Tartu_pedagoogiumi_aruanded, lk 6
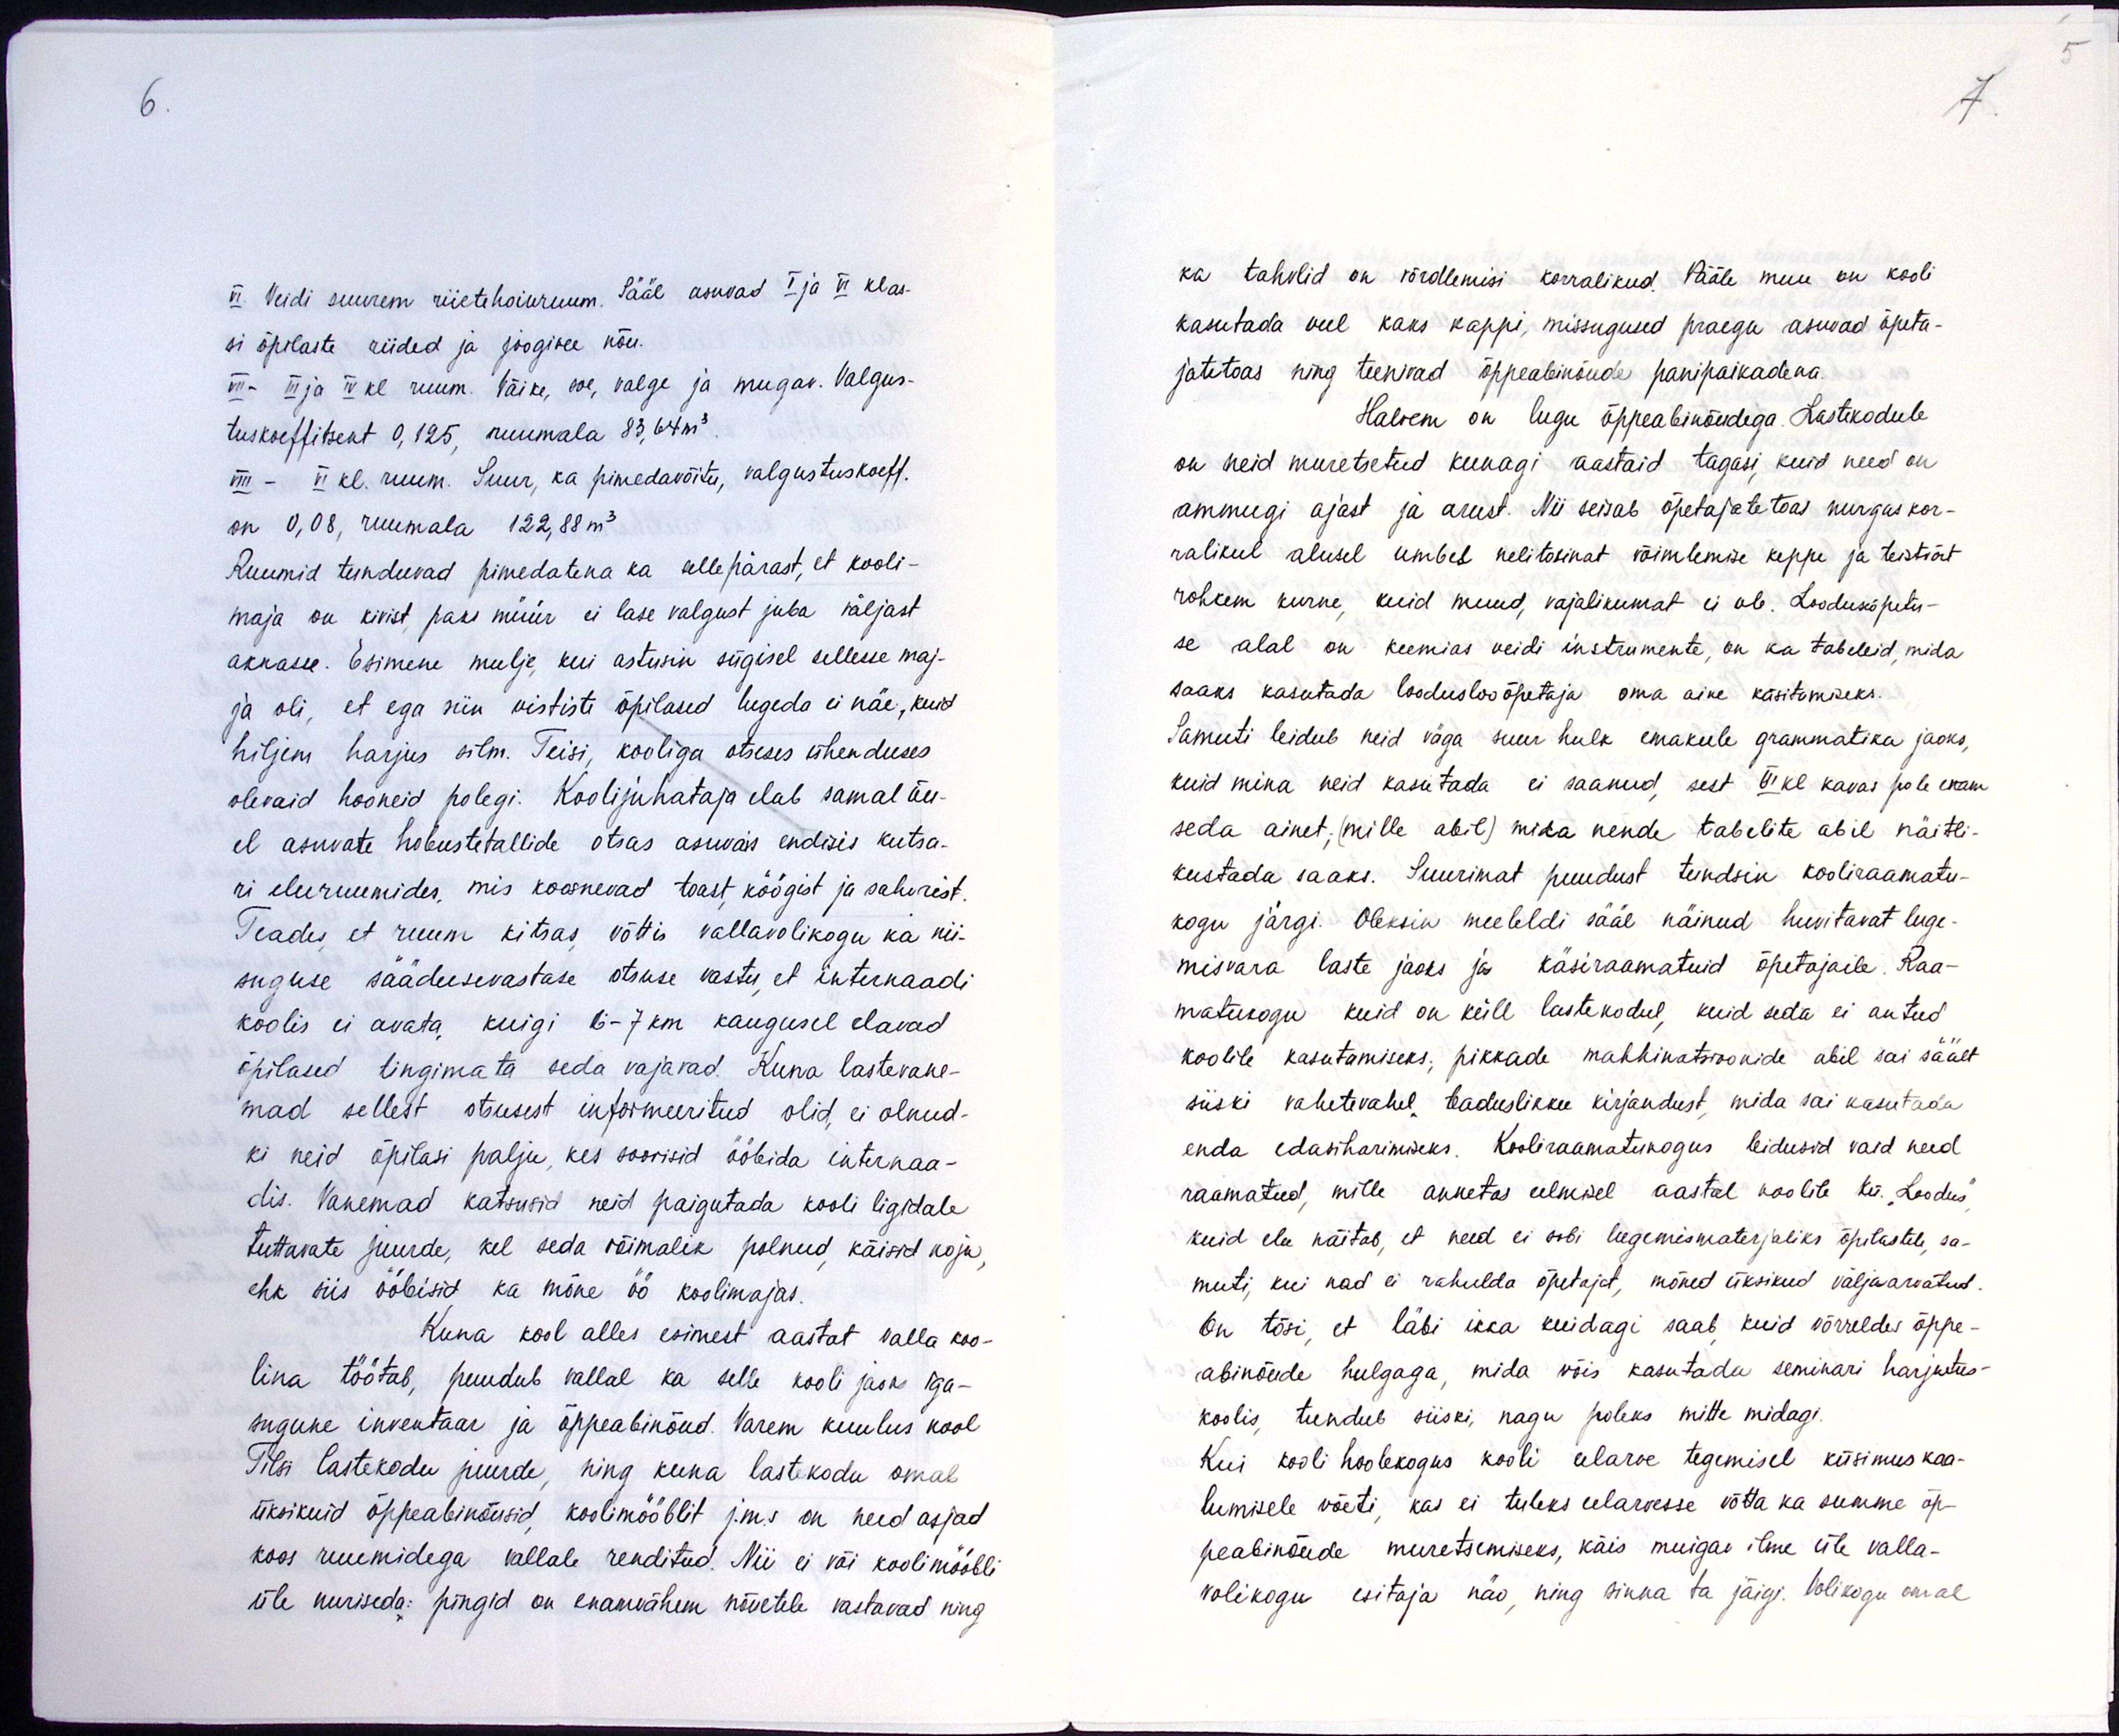
VI. Veidi suurem riietehoiuruum. Sääl asuvad I ja VI klas-
si õpilaste riided ja joogivee nõu.
VIII- III ja IV kl ruum. Väike, soe, valge ja mugav. Valgus-
tuskoeffitsent 0,125, ruumala 83,64m3.
VIII - VI kl. ruum. Suur, ka pimedavõitu, valgustuskoeff.
on 0,08, ruumala 122,88 m3
Ruumid tunduvad pimedatena ka sellepärast, et kooli-
maja on kivist paks müür ei lase valgust juba väljast
aknasse. Esimene mulje, kui astusin sügisel sellesse maj-
ja oli, et ega siin vististi õpilased lugeda ei näe, kuid
hiljem harjus silm. Teisi, kooliga otseses ühenduses
olevaid hooneid polegi. Koolijuhataja elab samal õu-
el asuvate hobustetallide otsas asuvais endisis kutsa-
ri eluruumides, mis koosnevad toast, köögist ja sahvrist.
Teades, et ruum kitsas võttis vallavolikogu ka nii-
suguse säädusevastase otsuse vastu, et internaadi
koolis ei avata kuigi 6-7 km kaugusel elavad
õpilased tingimata seda vajavad. Kuna lastevane-
mad sellest otsusest informeeritud olid, ei olnud-
ki neid õpilasi palju, kes soovisid ööbida internaa-
dis. Vanemad katsusid neid paigutada kooli ligidale
tuttavate juurde, kel seda võimalik polnud, käisid koju,
ehk siis ööbisid ka mõne öö koolimajas.
Kuna kool alles esimest aastat valla koo-
lina töötab, puudub vallal ka selle kooli jaoks iga-
sugune inventaar ja õppeabinõud. Varem kuulus kool
Tilsi lastekodu juurde, ning kuna lastekodu omab
üksikuid õppeabinõusid koolimööblit j.m.s on need asjad
koos ruumidega vallale renditud. Nii ei või koolimööbli
üle nuriseda: pingid on enamvähem nõuetele vastavad ning

ka tahvlid on võrdlemisi korralikud. Pääle muu on kooli
kasutada veel kaks kappi, missugused praegu asuvad õpeta-
jatetoas ning teenivad õppeabinõude panipaikadena.
Halvem on lugu õppeabinõudega. Lastekodule
on neid muretsetud kunagi aastaid tagasi, kuid need on
ammugi ajast ja arust. Nii seisab õpetajatetoas nurgas kor-
ralikul alusel umbes nelitosinat võimlemise keppe ja teistvõrt
rohkem kurne, kuid muud, vajalikumat ei ole. Loodusõpetu-
se alal on keemias veidi instrumente, on ka tabeleid, mida
saaks kasutada looduslooõpetaja oma aine käsitamiseks.
Samuti leidub neid väga suur hulk emakeele grammatika jaoks,
kuid mina neid kasutada ei saanud, sest VI kl kavas pole enam-
seda ainet; (mille abil) mida nende tabelite abil näitli-
kustada saaks. Suurimat puudust tundsin kooliraamatu-
kogu järgi. Oleksin meeleldi sääl näinud huvitavat luge-
misvara laste jaoks ja käsiraamatuid õpetajaile. Raa-
matukogu kuid on küll lastekodul, kuid seda ei antud
koolile kasutamiseks, pikkade mahhinatsioonide abil sai säält
siiski vahetevahel teaduslikku kirjandust mida sai kasutada
enda edasiharimiseks. Kooliraamatukogus leidusid vaid need
raamatud, mille annetas eelmisel aastal koolile kü. "Loodus"
kuid elu näitab, et need ei sobi lugemismaterjaliks õpilastele, sa-
muti, kui nad ei rahulda õpetajat, mõned üksikud väljaarvatud.
On tõsi, et läbi ikka kuidagi saab kuid võrreldes õppe-
abinõude hulgaga, mida võis kasutada seminari harjutus-
koolis, tundub siiski, nagu poleks mitte midagi.
Kui kooli hoolekogus kooli eelarve tegemisel küsimus kaa-
lumisele võeti, kas ei tuleks eelarvesse võtta ka summe õp-
peabinõude muretsemiseks, käis muigav ilme üle valla-
volikogu esitaja näo, ning sinna ta jäigi. Volikogu omal